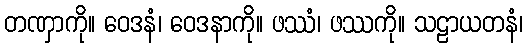
တဏှာကို။ ဝေဒနံ၊ ဝေဒနာကို။ ဖဿံ၊ ဖဿကို။ သဠာယတနံ၊